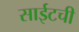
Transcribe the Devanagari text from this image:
साईटची